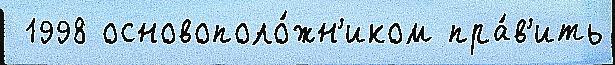
 1998 основополо́жн'иком пра́в'ить